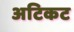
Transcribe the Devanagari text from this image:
अटिकट